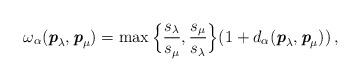
LaTeX: \begin{align*}\omega_\alpha( \textit{\textbf{p}}_\lambda, \textit{\textbf{p}}_\mu)=\max\Big\{\frac{s_\lambda}{s_\mu},\frac{s_\mu}{s_\lambda}\Big\}(1+d_\alpha(\textit{\textbf{p}}_\lambda,\textit{\textbf{p}}_\mu))\,,\end{align*}